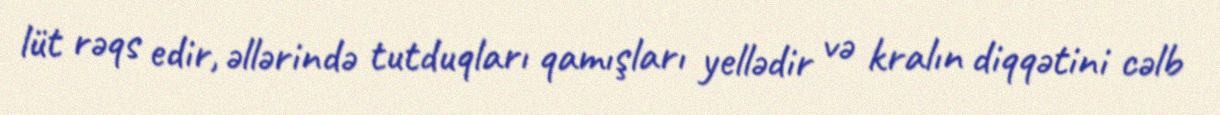
lüt rəqs edir, əllərində tutduqları qamışları yellədir və kralın diqqətini cəlb